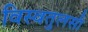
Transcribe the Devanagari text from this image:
विस्वतुलसी